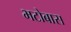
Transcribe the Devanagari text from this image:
भटोबास